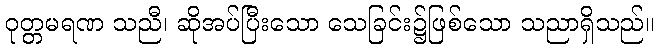
ဝုတ္တမရဏ သညီ၊ ဆိုအပ်ပြီးသော သေခြင်း၌ဖြစ်သော သညာရှိသည်။